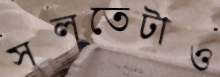
সলতেটাও